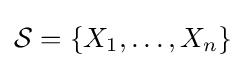
{\mathcal {S}}=\{X_{1},\ldots ,X_{n}\}